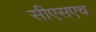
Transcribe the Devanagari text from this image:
सीएसएच